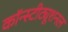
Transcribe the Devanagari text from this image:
कॉन्स्टीट्यूशनल